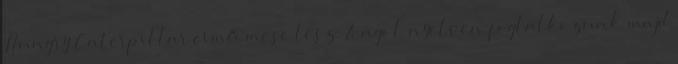
Hungry Caterpillar című mese lesz. Angol nyelven foglalkozunk majd